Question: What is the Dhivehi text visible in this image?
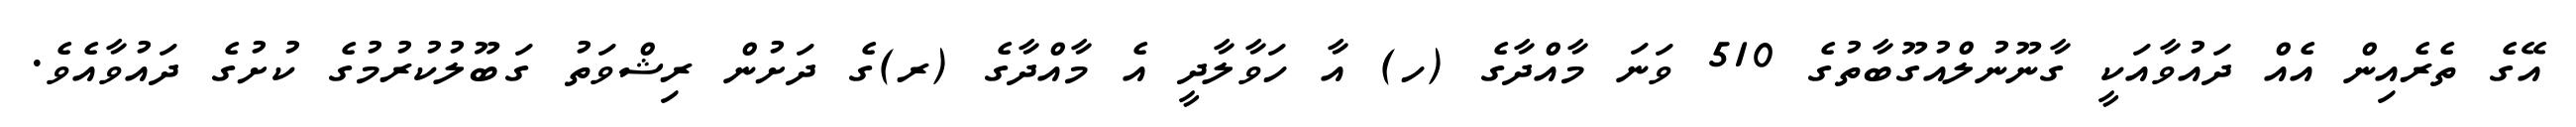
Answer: އޭގެ ތެރެއިން އެއް ދައުވާއަކީ ގާނޫނުލްއުގޫބާތުގެ 510 ވަނަ މާއްދާގެ (ހ) އާ ހަވާލާދީ އެ މާއްދާގެ (ރ)ގެ ދަށުން ރިޝްވަތު ގަބޫލުކުރުމުގެ ކުށުގެ ދައުވާއެވެ.